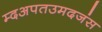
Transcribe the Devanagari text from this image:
म्दअपतउमदजंस